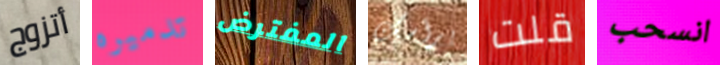
أتزوج تدميره المفترض برأسك قلت انسحب